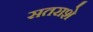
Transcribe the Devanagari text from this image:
सतराशे